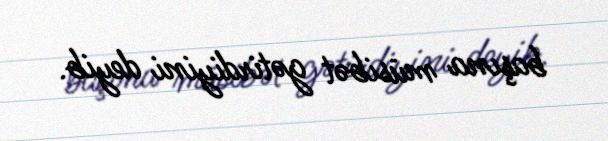
başına müsibət gətirdiyini deyib.